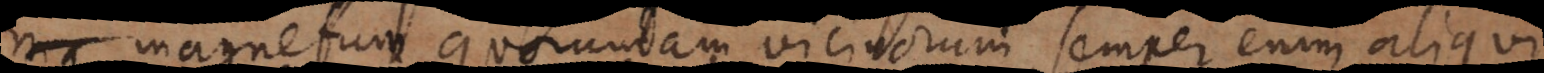
magnetum quorundam vicinorum, semper enim aliqui